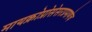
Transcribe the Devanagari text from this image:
मायक्रोप्रोसेसरप्रमाणेच